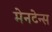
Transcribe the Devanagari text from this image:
मेनटेन्स